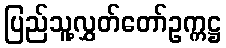
ပြည်သူ့လွှတ်တော်ဥက္ကဋ္ဌ